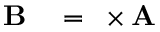
\begin{array} { r l } { \mathbf { B } } & { { } = \mathbf { \nabla } \times \mathbf { A } } \end{array}